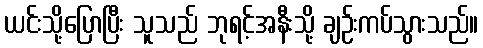
ယင်းသို့ပြောပြီး သူသည် ဘုရင့်အနီးသို့ ချဉ်းကပ်သွားသည်။